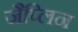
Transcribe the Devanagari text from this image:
जैप्लिन